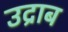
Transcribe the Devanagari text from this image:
उद्राब